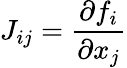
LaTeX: J_{ij}=\frac{\partial f_{i}}{\partial x_{j}}